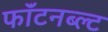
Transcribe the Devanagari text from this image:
फॉंटनब्ल्ट